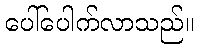
ပေါ်ပေါက်လာသည်။